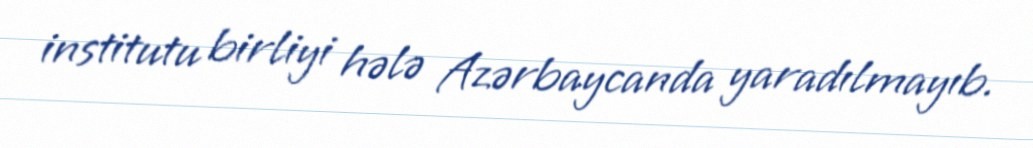
institutu birliyi hələ Azərbaycanda yaradılmayıb.